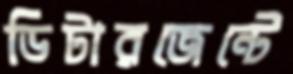
ডিটারজেন্টে